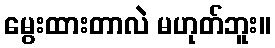
မွေးထားတာလဲ မဟုတ်ဘူး။